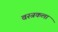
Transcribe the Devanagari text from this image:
वस्त्रकला